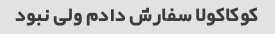
کوکاکولا سفارش دادم ولی نبود